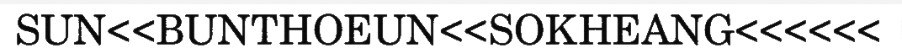
SUN<<BUNTHOEUN<<SOKHEANG<<<<<<